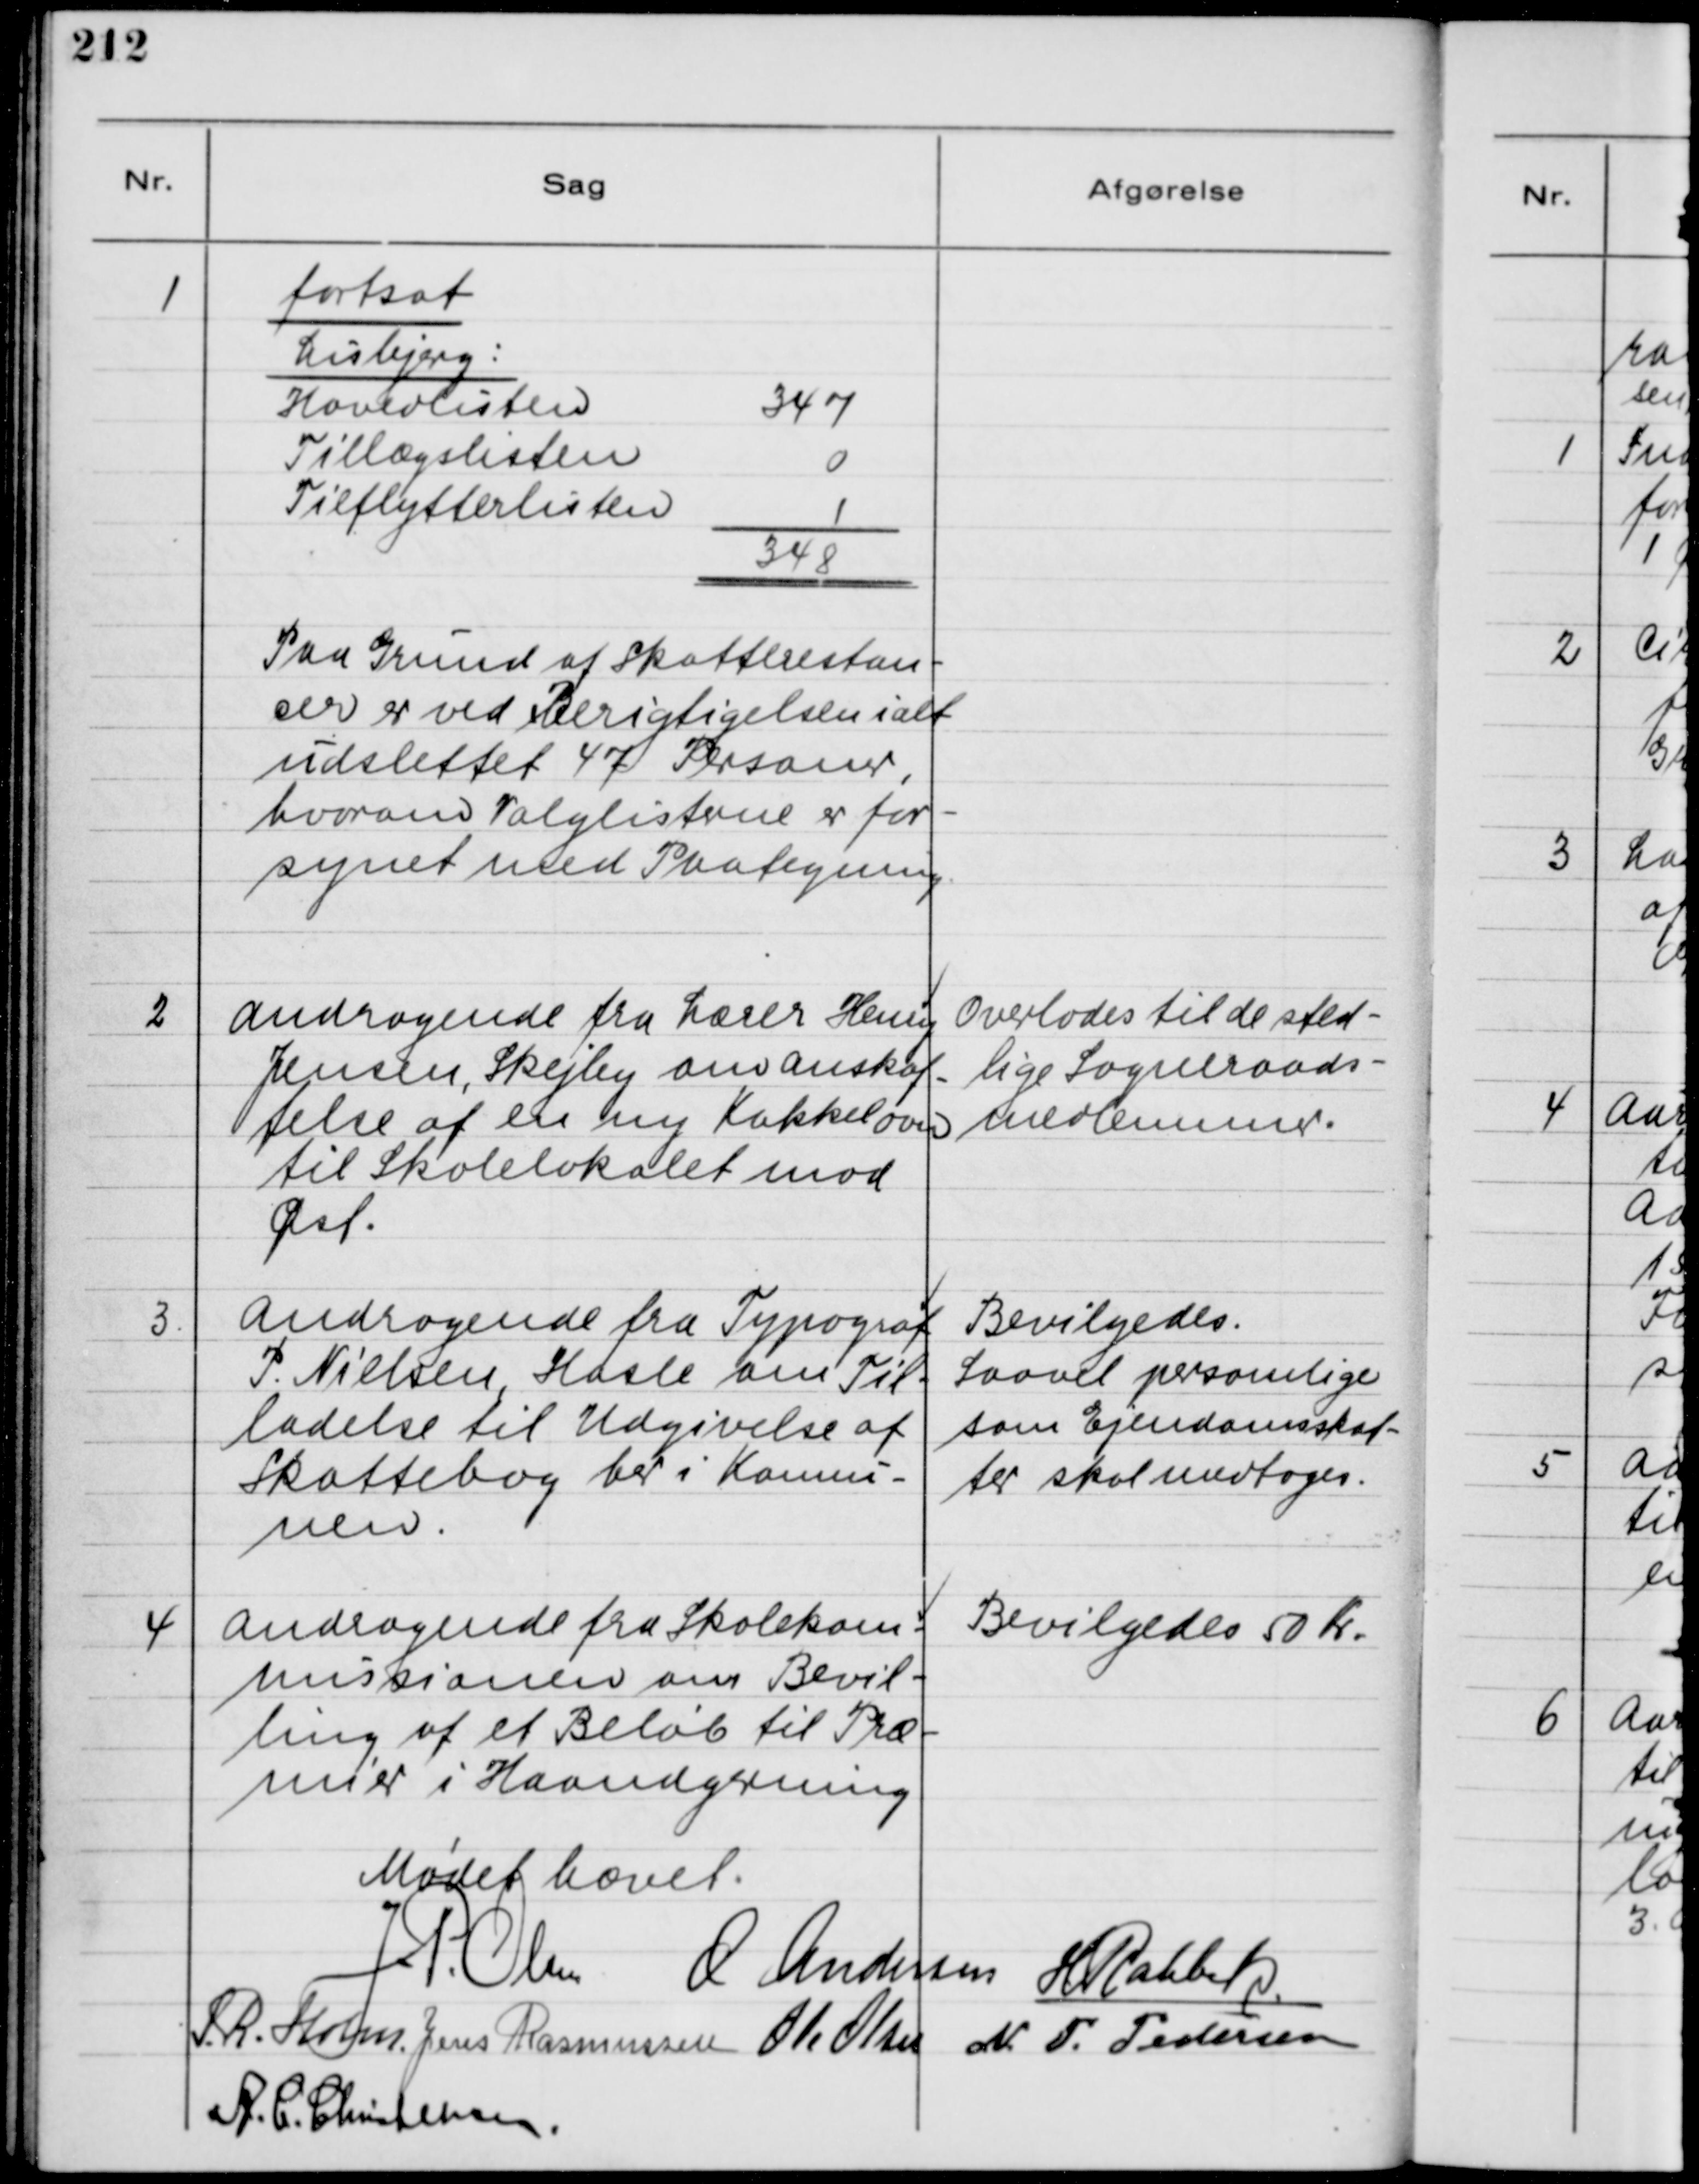
Transskription:
1
fortsat
Lisbjerg:
Hovedlisten
347
Tillægslisten
0
Tilflytterlisten
1
-
348
=
Paa Grund af Skatterestan-
cer er ved Berigtigelsen ialt
udslettet 47 Personer,
hvorom Valglisterne er for-
synet med Paategning.

2
Andragende fra Lærer Henry
Jensen, Skejby om anskaf-
felse af en ny kakkelovn
til Skolelokalet mod
Øst.

Overlodes til de sted-
lige Sogneraads-
medlemmer.

3.
Andragende fra Typograf
P. Nielsen, Hasle om Til-
ladelse til Udgivelse af
Skattebog her i Konnu-
nen.

Bevilgedes.
Saavel personlige
som Ejendomsskat-
ter skal medtages.

4
Andragende fra Skolekom-
missionen om Bevil-
ling af et Beløb til Præ-
mier i Haandgerning

Bevilgedes 50 Kr.

Mødet hævet.
J. P. Olsen
O Andersen
H. Rahbek.
S. R. Holm.
Jens Rasmussen
Ole Olsen
N. P. Pedersen
A. C. Christensen